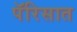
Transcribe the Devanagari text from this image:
पॅरिसात